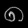
Digit: ၈